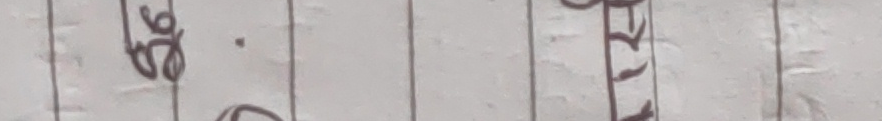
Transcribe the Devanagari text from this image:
५६ . ४२१